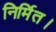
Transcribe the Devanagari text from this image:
निर्मित।